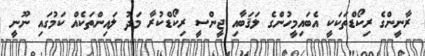
ރާނީންގެ ރިކޯޑްތަކަކީ އެބައިމީހުންގެ ލަޤަބާއި ޖީންސީ ރިކޯޑްކުރާ މަދު ލައިންތަކެއް ކަމުގައި ނޫނީ